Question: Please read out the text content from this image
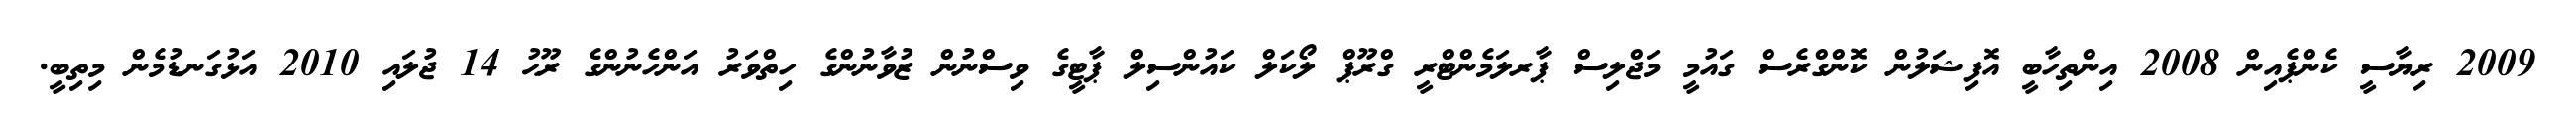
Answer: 2009 ރިޔާސީ ކެންޕެއިން 2008 އިންތިހާބީ އޮފިޝަލުން ކޮންގްރެސް ގައުމީ މަޖްލިސް ޕާރލަމެންޓްރީ ގްރޫޕް ލޯކަލް ކައުންސިލް ޕާޓީގެ ވިސްނުން ޒުވާނުންގެ ހިތްވަރު އަންހެނުންގެ ރޫޙު 14 ޖުލައި 2010 އަޅުގަނޑުމެން މިތިބީ.